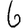
Digit: 6